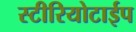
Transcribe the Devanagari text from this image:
स्टीरियोटाईप